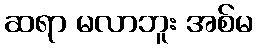
ဆရာ မလာဘူး အစ်မ